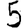
Digit: 5